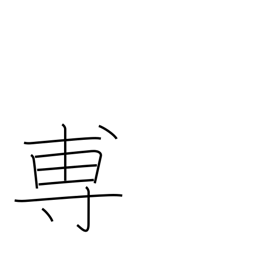
Meaning: to announce